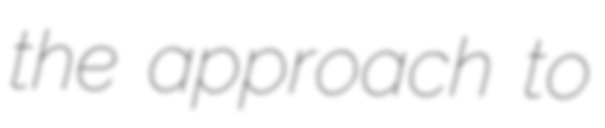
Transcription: the approach to